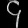
Digit: ၄